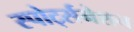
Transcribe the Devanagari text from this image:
स्पोर्ट्सनेशन